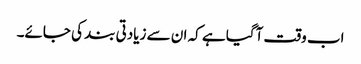
اب وقت آگیا ہے کہ ان سے زیادتی بند کی جائے۔